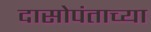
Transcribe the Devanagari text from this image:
दासोपंताच्या